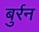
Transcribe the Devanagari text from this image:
बुर्रन